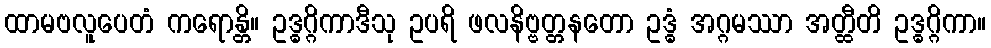
ထာမဗလူပေတံ ကရောန္တိ။ ဥဒ္ဓဂ္ဂိကာဒီသု ဥပရိ ဖလနိဗ္ဗတ္တနတော ဥဒ္ဓံ အဂ္ဂမဿာ အတ္ထီတိ ဥဒ္ဓဂ္ဂိကာ။